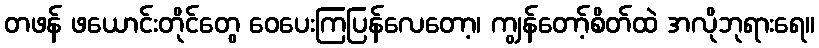
တဖန် ဖယောင်းတိုင်တွေ ဝေပေးကြပြန်လေတော့၊ ကျွန်တော့်စိတ်ထဲ အလိုဘုရားရေ။